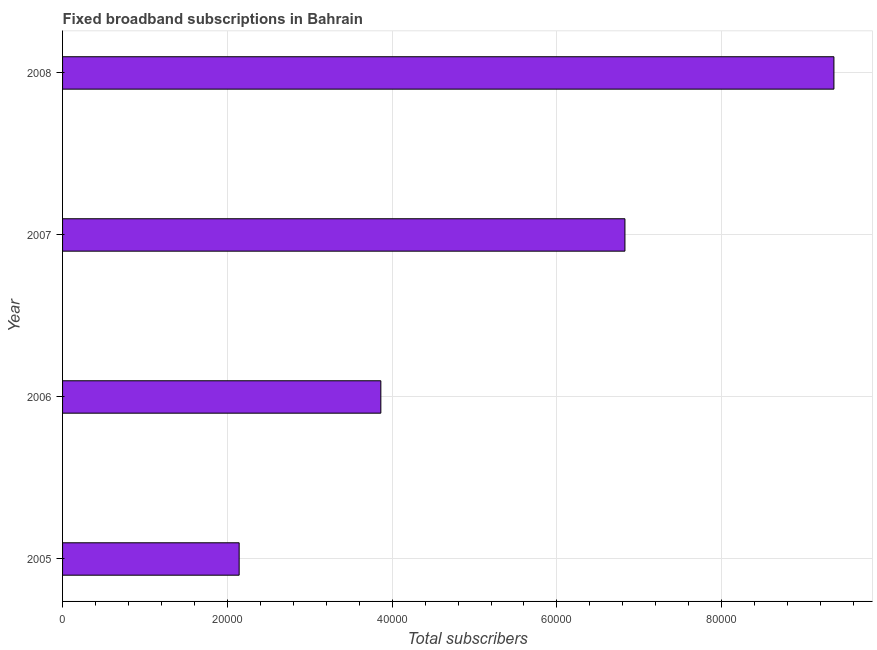
| Year | Fixed broadband subscriptions |
 | --- | --- |
 | 2005 | 2.14e+04 |
 | 2006 | 3.86e+04 |
 | 2007 | 6.83e+04 |
 | 2008 | 9.36e+04 |